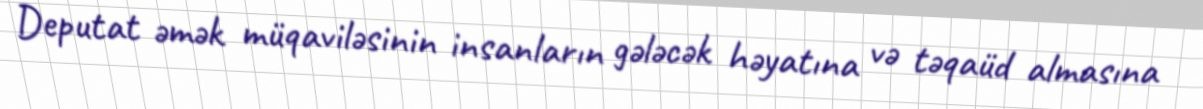
Deputat əmək müqaviləsinin insanların gələcək həyatına və təqaüd almasına